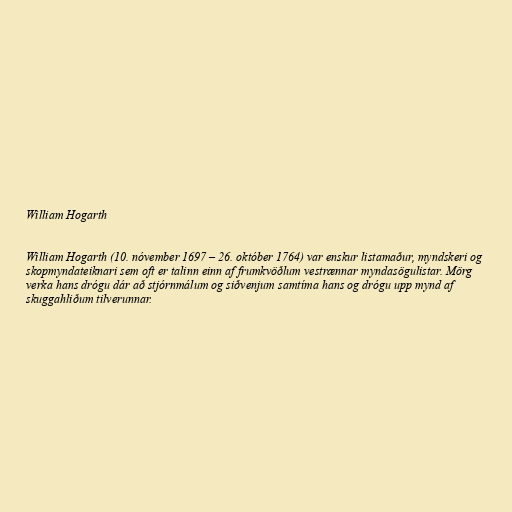
William Hogarth

William Hogarth (10. nóvember 1697 – 26. október 1764) var enskur listamaður, myndskeri og
skopmyndateiknari sem oft er talinn einn af frumkvöðlum vestrænnar myndasögulistar. Mörg
verka hans drógu dár að stjórnmálum og siðvenjum samtíma hans og drógu upp mynd af
skuggahliðum tilverunnar.